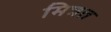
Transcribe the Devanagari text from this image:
मित्रत